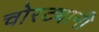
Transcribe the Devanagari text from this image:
चोरट्यानी